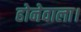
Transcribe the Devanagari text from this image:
होनेवाला।